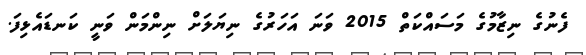
ފެނުގެ ނިޒާމުގެ މަސައްކަތް 2015 ވަނަ އަހަރުގެ ނިޔަލަށް ނިންމަން ވަނީ ކަނޑައެޅިފަ.